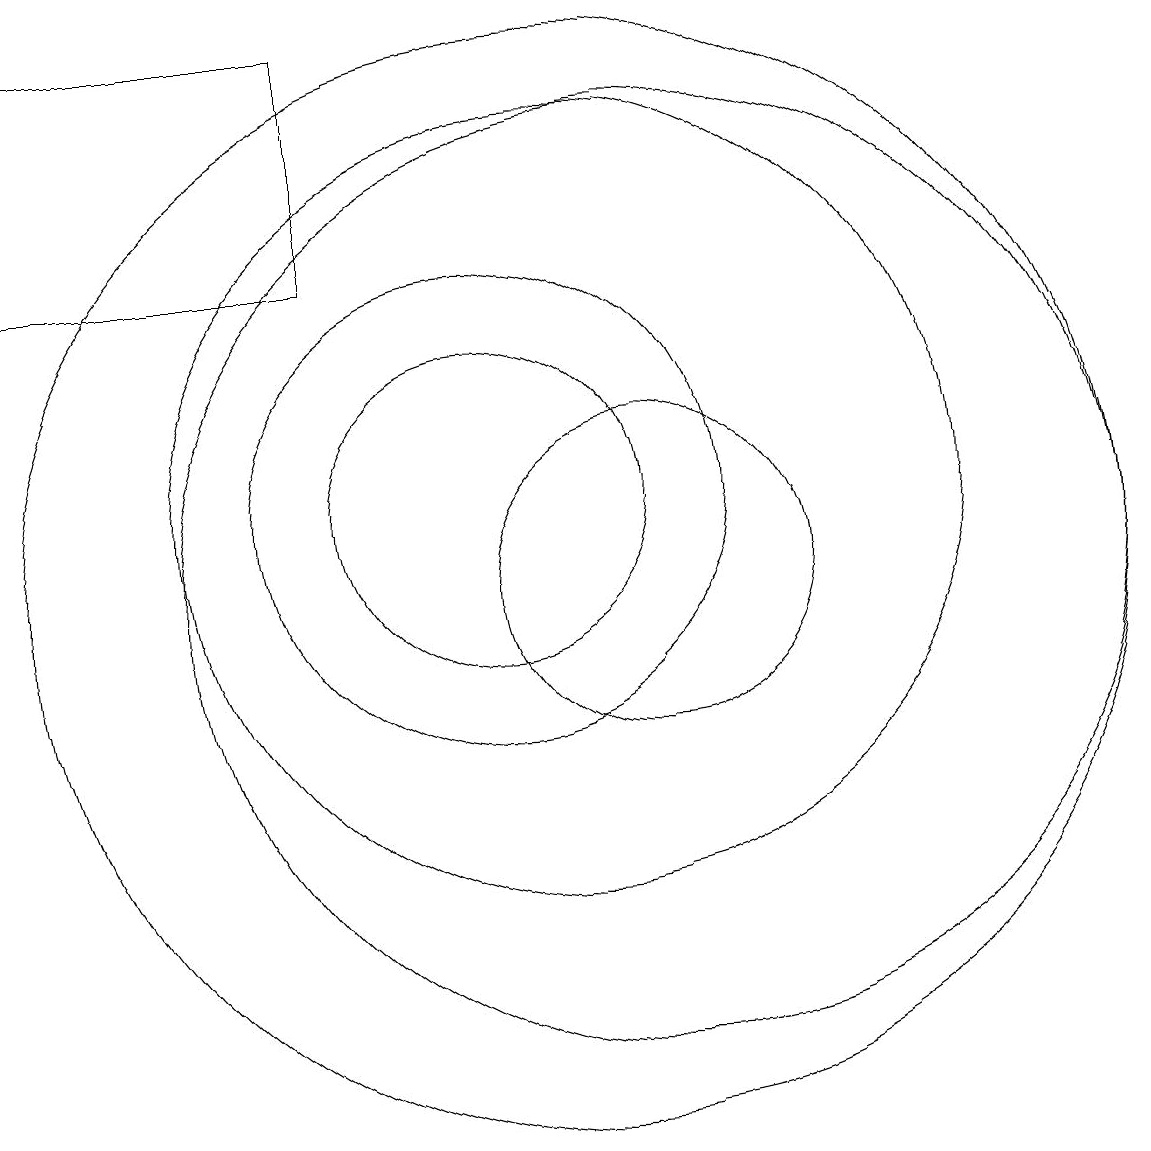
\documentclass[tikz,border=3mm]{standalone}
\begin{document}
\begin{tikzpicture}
\draw (10,11) circle (2);
\draw (12,10) circle (2);
\draw (12,10) circle (6);
\draw (10,11) circle (3);
\draw (11,11) circle (5);
\draw (8,17) rectangle (4,14);
\draw (11,10) circle (7);
\draw (10,12) circle (0);
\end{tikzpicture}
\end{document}